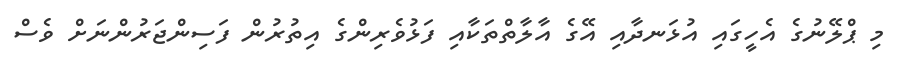
މި ޕްލޭނުގެ އެހީގައި އުޅަނދާއި އޭގެ އާލާތްތަކާއި ފަޅުވެރިންގެ އިތުރުން ފަސިންޖަރުންނަށް ވެސް